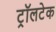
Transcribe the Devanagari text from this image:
ट्रॉलटेक